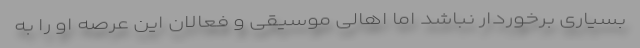
بسیاری برخوردار نباشد اما اهالی موسیقی و فعالان این عرصه او را به